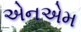
એનએમ